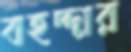
বহদ্দার